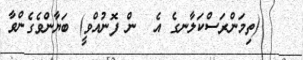
(ތިމަންރަސްކަލާނގެ އެ  ން ފޮނުއްވީ) ބަޔާންވެގެންވާ